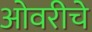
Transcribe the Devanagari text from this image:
ओवरीचे